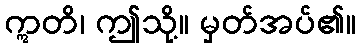
ဣတိ၊ ဤသို့။ မှတ်အပ်၏။